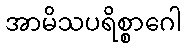
အာမိသပရိစ္စာဂေါ